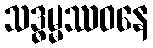
သဒ္ဓမ္မဿဝနေ